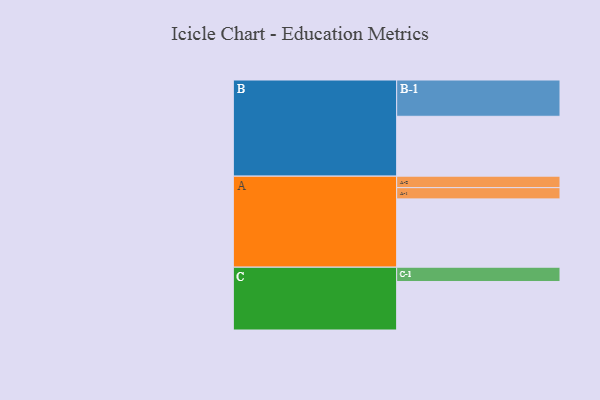
{"axis": {"x": "Segment", "y": "Value"}, "legend": ["", "A", "B", "C"], "data": [{"x": "A", "y": 559, "type": ""}, {"x": "B", "y": 490, "type": ""}, {"x": "C", "y": 397, "type": ""}, {"x": "A-1", "y": 92, "type": "A"}, {"x": "A-2", "y": 94, "type": "A"}, {"x": "B-1", "y": 297, "type": "B"}, {"x": "C-1", "y": 117, "type": "C"}]}